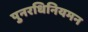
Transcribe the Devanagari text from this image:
पुनरधिनियमन